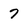
Character: 7